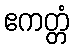
ဧကတ္တံ